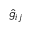
\hat { g } _ { i j }